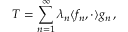
T = \sum _ { n = 1 } ^ { \infty } \lambda _ { n } \langle f _ { n } , \cdot \rangle g _ { n } \, ,